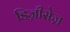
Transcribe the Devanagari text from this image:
डिज़ीसेज़